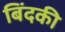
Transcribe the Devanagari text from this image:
बिंदकी